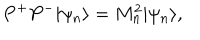
P ^ { + } P ^ { - } | \psi _ { n } \rangle = M _ { n } ^ { 2 } | \psi _ { n } \rangle ,